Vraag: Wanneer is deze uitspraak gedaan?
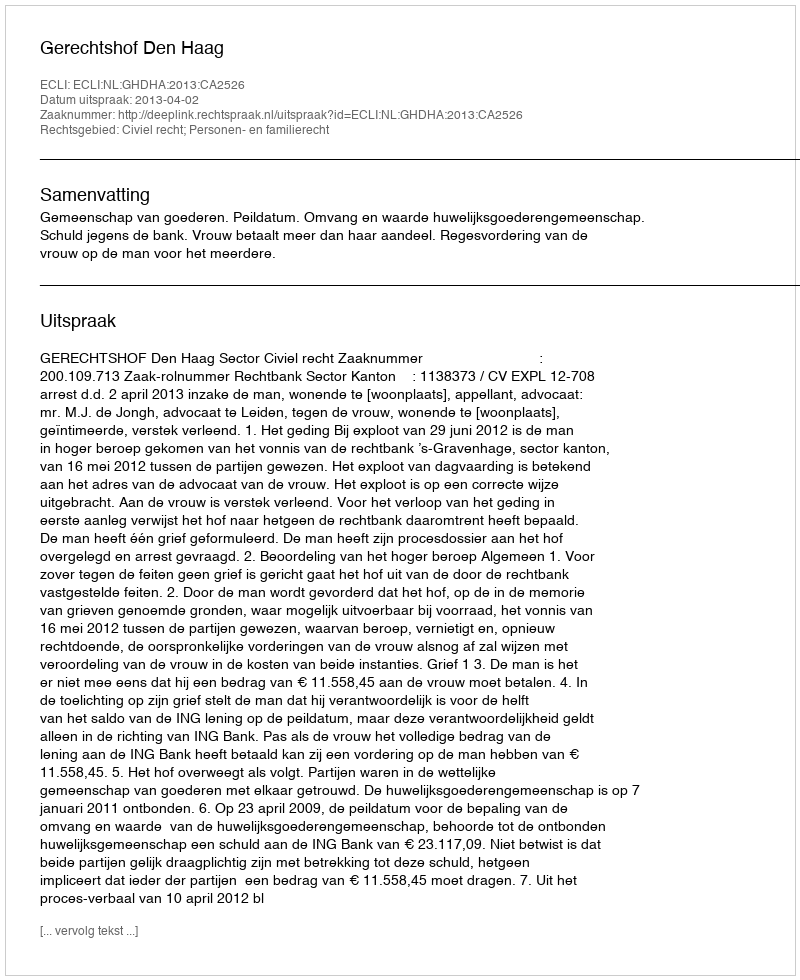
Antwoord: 2013-04-02